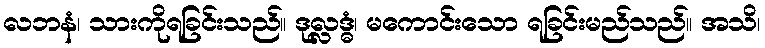
လဘနံ၊ သားကိုရခြင်းသည်။ ဒုလ္လဒ္ဓံ၊ မကောင်းသော ရခြင်းမည်သည်။ အသိ၊